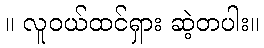
။ လူဝယ်ထင်ရှား ဆဲ့တပါး။